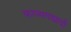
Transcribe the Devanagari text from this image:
काव्यगद्यादी